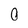
Character: O